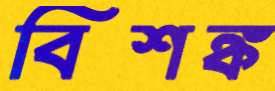
বিশঙ্ক